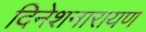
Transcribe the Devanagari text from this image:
दिनेशनारायण